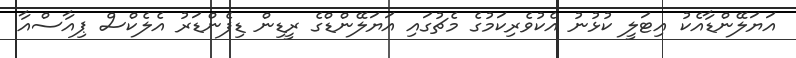
އަޔަލޭންޑާއެކު އިޓަލީ ކުޅުނު އެކުވެރިކަމުގެ މެޗުގައި އަޔަލޭންޑްގެ ރީޑިން ޑިފެންޑަރު އެލެކްސް ޕިއާސްއާ